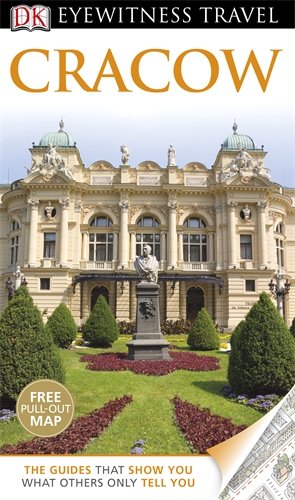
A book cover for DK Eyewitness Travel Guide: Cracow; Collectif; Travel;